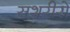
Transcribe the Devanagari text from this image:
सशरीरो